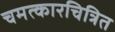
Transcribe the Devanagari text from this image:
चमत्कारचित्रित